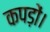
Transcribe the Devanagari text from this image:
कपड़ों।